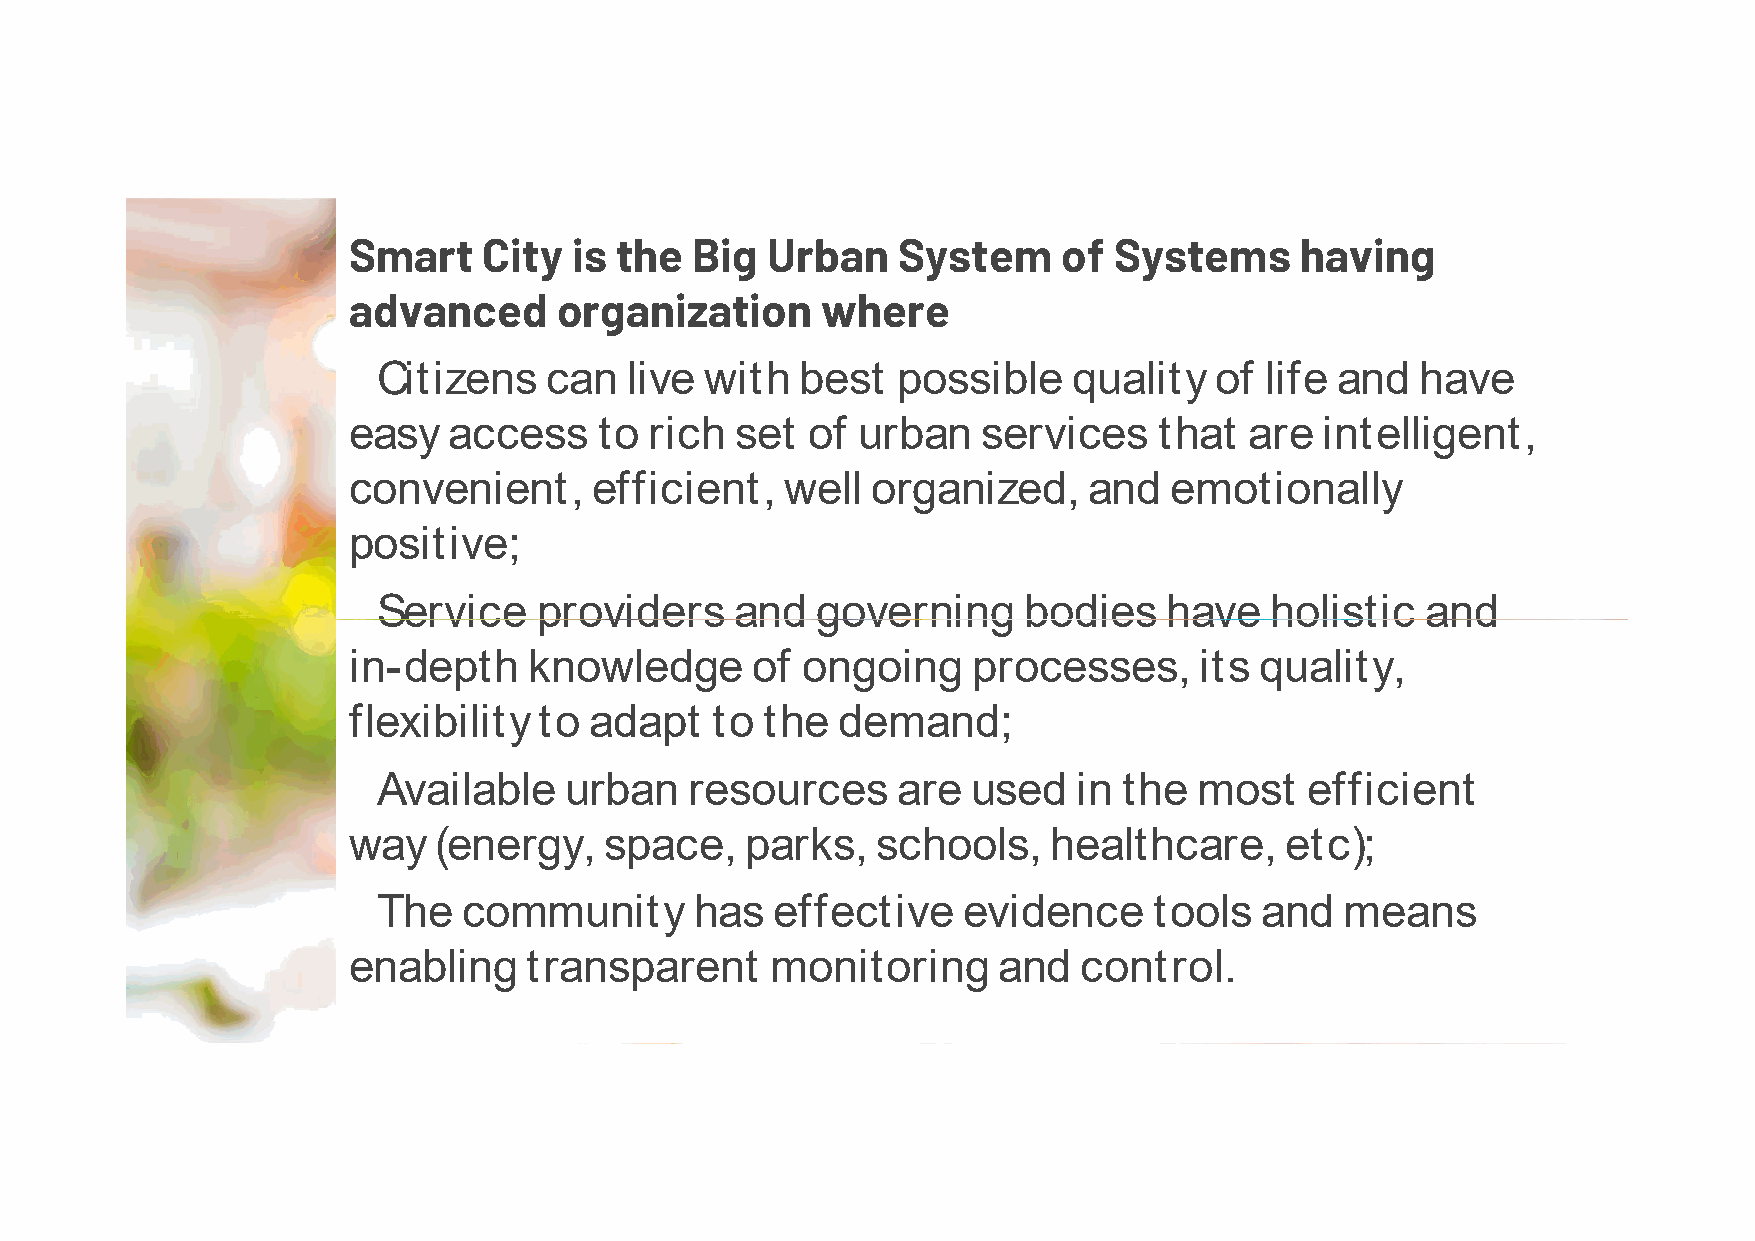
SSmmaarrtt CCiittyy iiss tthhee BBiigg UUrrbbaann SSyysstteemm ooff SSyysstteemmss hhaavviinngg
 aaddvvaanncceedd oorrggaanniizzaattiioonn wwhheerree
 ▪▪
 CCiittiizzeennss ccaann lliivvee wwiitthh bbeesstt ppoossssiibbllee qquuaalliittyy ooff lliiffee aanndd hhaavvee
 eeaassyy aacccceessss ttoo rriicchh sseett ooff uurrbbaann sseerrvviicceess tthhaatt aarree iinntteelllliiggeenntt,,
 ccoonnvveenniieenntt,, eeffffiicciieenntt,, wweellll oorrggaanniizzeedd,, aanndd eemmoottiioonnaallllyy
 ppoossiittiivvee;;
 ▪▪
 SSeerrvviiccee pprroovviiddeerrss aanndd ggoovveerrnniinngg bbooddiieess hhaavvee hhoolliissttiicc aanndd
 iinn--ddeepptthh kknnoowwlleeddggee ooff oonnggooiinngg pprroocceesssseess,, iittss qquuaalliittyy,,
 fflleexxiibbiilliittyy ttoo aaddaapptt ttoo tthhee ddeemmaanndd;;
 ▪▪
 AAvvaaiillaabbllee uurrbbaann rreessoouurrcceess aarree uusseedd iinn tthhee mmoosstt eeffffiicciieenntt
 wwaayy ((eenneerrggyy,, ssppaaccee,, ppaarrkkss,, sscchhoooollss,, hheeaalltthhccaarree,, eettcc));;
 ▪▪
 TThhee ccoommmmuunniittyy hhaass eeffffeeccttiivvee eevviiddeennccee ttoooollss aanndd mmeeaannss
 eennaabblliinngg ttrraannssppaarreenntt mmoonniittoorriinngg aanndd ccoonnttrrooll..